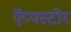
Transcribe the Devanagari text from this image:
ऍप्पस्टोर